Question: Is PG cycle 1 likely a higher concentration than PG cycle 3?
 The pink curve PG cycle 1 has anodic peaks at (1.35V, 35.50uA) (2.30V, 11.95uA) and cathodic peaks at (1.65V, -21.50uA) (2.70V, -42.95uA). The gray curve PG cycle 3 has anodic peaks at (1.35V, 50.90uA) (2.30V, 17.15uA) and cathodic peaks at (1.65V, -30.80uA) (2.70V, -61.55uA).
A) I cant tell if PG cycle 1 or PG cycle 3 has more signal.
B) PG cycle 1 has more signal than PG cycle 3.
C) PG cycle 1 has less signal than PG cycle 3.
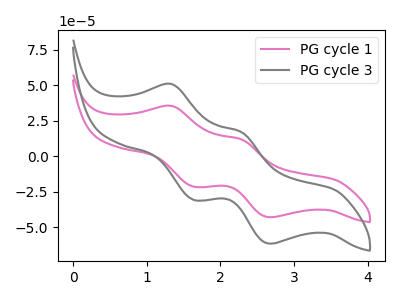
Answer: <think>All the peaks in "PG cycle 1" have a peak in "PG cycle 3" at the same potential. Every peak in "PG cycle 1" is lower than every peak in "PG cycle 3".
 </think>
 <answer>C) "PG cycle 1" has less signal than "PG cycle 3".</answer>
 <eval>C</eval>